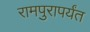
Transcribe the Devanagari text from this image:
रामपुरापर्यंत